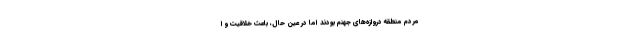
مردم منطقه دروازه‌‌های جهنم بودند اما در عین حال، باعث خلاقیت و ا